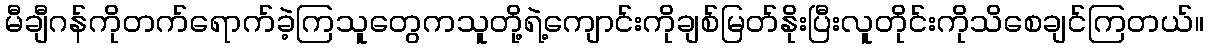
မီချီဂန်ကိုတက်ရောက်ခဲ့ကြသူတွေကသူတို့ရဲ့ကျောင်းကိုချစ်မြတ်နိုးပြီးလူတိုင်းကိုသိစေချင်ကြတယ်။